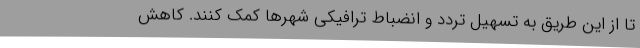
تا از این طریق به تسهیل تردد و انضباط ترافیکی شهرها کمک کنند. کاهش